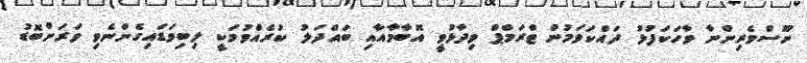
ނޫސްވެރިންނާ ވާހަކަފުޅު ދައްކަވަމުން ޓްރަމްޕް ވިދާޅުވީ އޮބާމާއާއި ބައްދަލު ކުރެއްވުމަކީ ލިބިވަޑައިގެންނެވި ވަރަށްބޮޑު